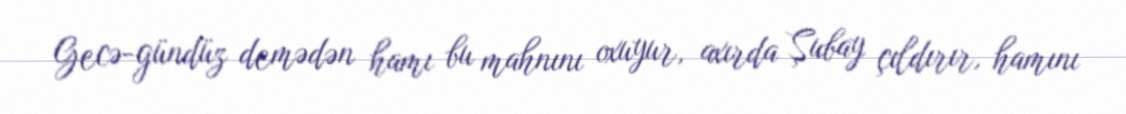
Gecə-gündüz demədən hamı bu mahnını oxuyur, axırda Şubay çıldırır, hamını